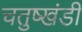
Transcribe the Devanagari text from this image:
चतुष्खंडी